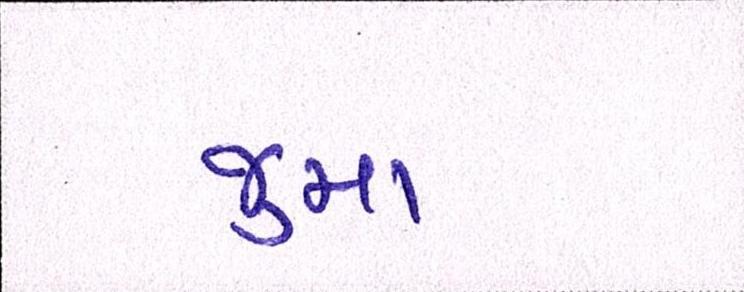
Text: જુમા